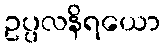
ဥပ္ပလနိရယော